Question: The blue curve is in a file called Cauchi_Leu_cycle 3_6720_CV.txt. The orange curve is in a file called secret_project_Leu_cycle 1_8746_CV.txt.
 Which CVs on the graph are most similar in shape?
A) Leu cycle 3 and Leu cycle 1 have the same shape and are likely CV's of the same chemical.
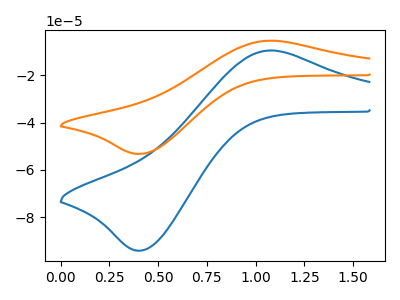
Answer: <think>The blue curve "Leu cycle 3" has an anodic peak at (1.05V, -9.55uA) and a cathodic peak at (0.40V, -94.05uA). The orange curve "Leu cycle 1" has an anodic peak at (1.05V, -5.40uA) and a cathodic peak at (0.40V, -53.20uA).
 All the peaks in "Leu cycle 3" have a peak in "Leu cycle 1" at the same potential.</think>
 <answer>A) "Leu cycle 3" and "Leu cycle 1" have the same shape and are likely CV's of the same chemical.</answer>
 <eval>A</eval>